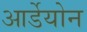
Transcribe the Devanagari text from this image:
आर्डेयोन